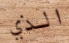
الذي